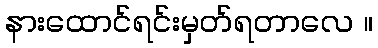
နားထောင်ရင်းမှတ်ရတာလေ ။